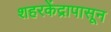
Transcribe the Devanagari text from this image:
शहरकेंद्रापासून